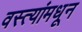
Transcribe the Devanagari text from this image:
वस्त्यांमधून